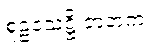
စူဠသေဋ္ဌိ ဇာတက။